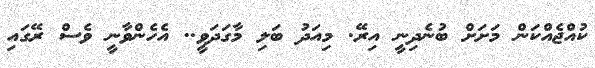
ކުއްޖެއްކަން މަށަށް ބުނެދިނީ އިރޭ. މިއަދު ބަލި މާގަދަވީ.. އެހެންވާނީ ވެސް ރޭގައި